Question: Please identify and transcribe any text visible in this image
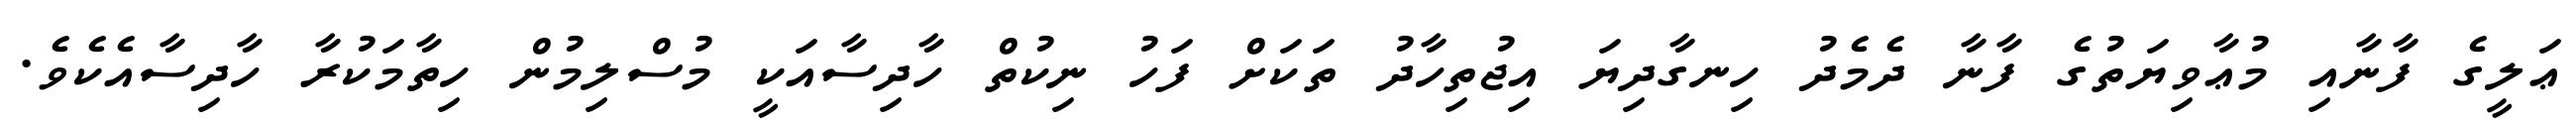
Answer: ޢަލީގެ ފާނާއި މުޢާވިޔަތުގެ ފާނާ ދެމެދު ހިނގާދިޔަ އިޖުތިހާދު ތަކަށް ފަހު ނިކުތް ހާދިސާއަކީ މުސްލިމުން ހިތާމަކުރާ ހާދިސާއެކެވެ.